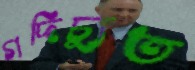
গদিচ্যুত